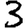
Digit: 3